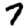
Digit: 7